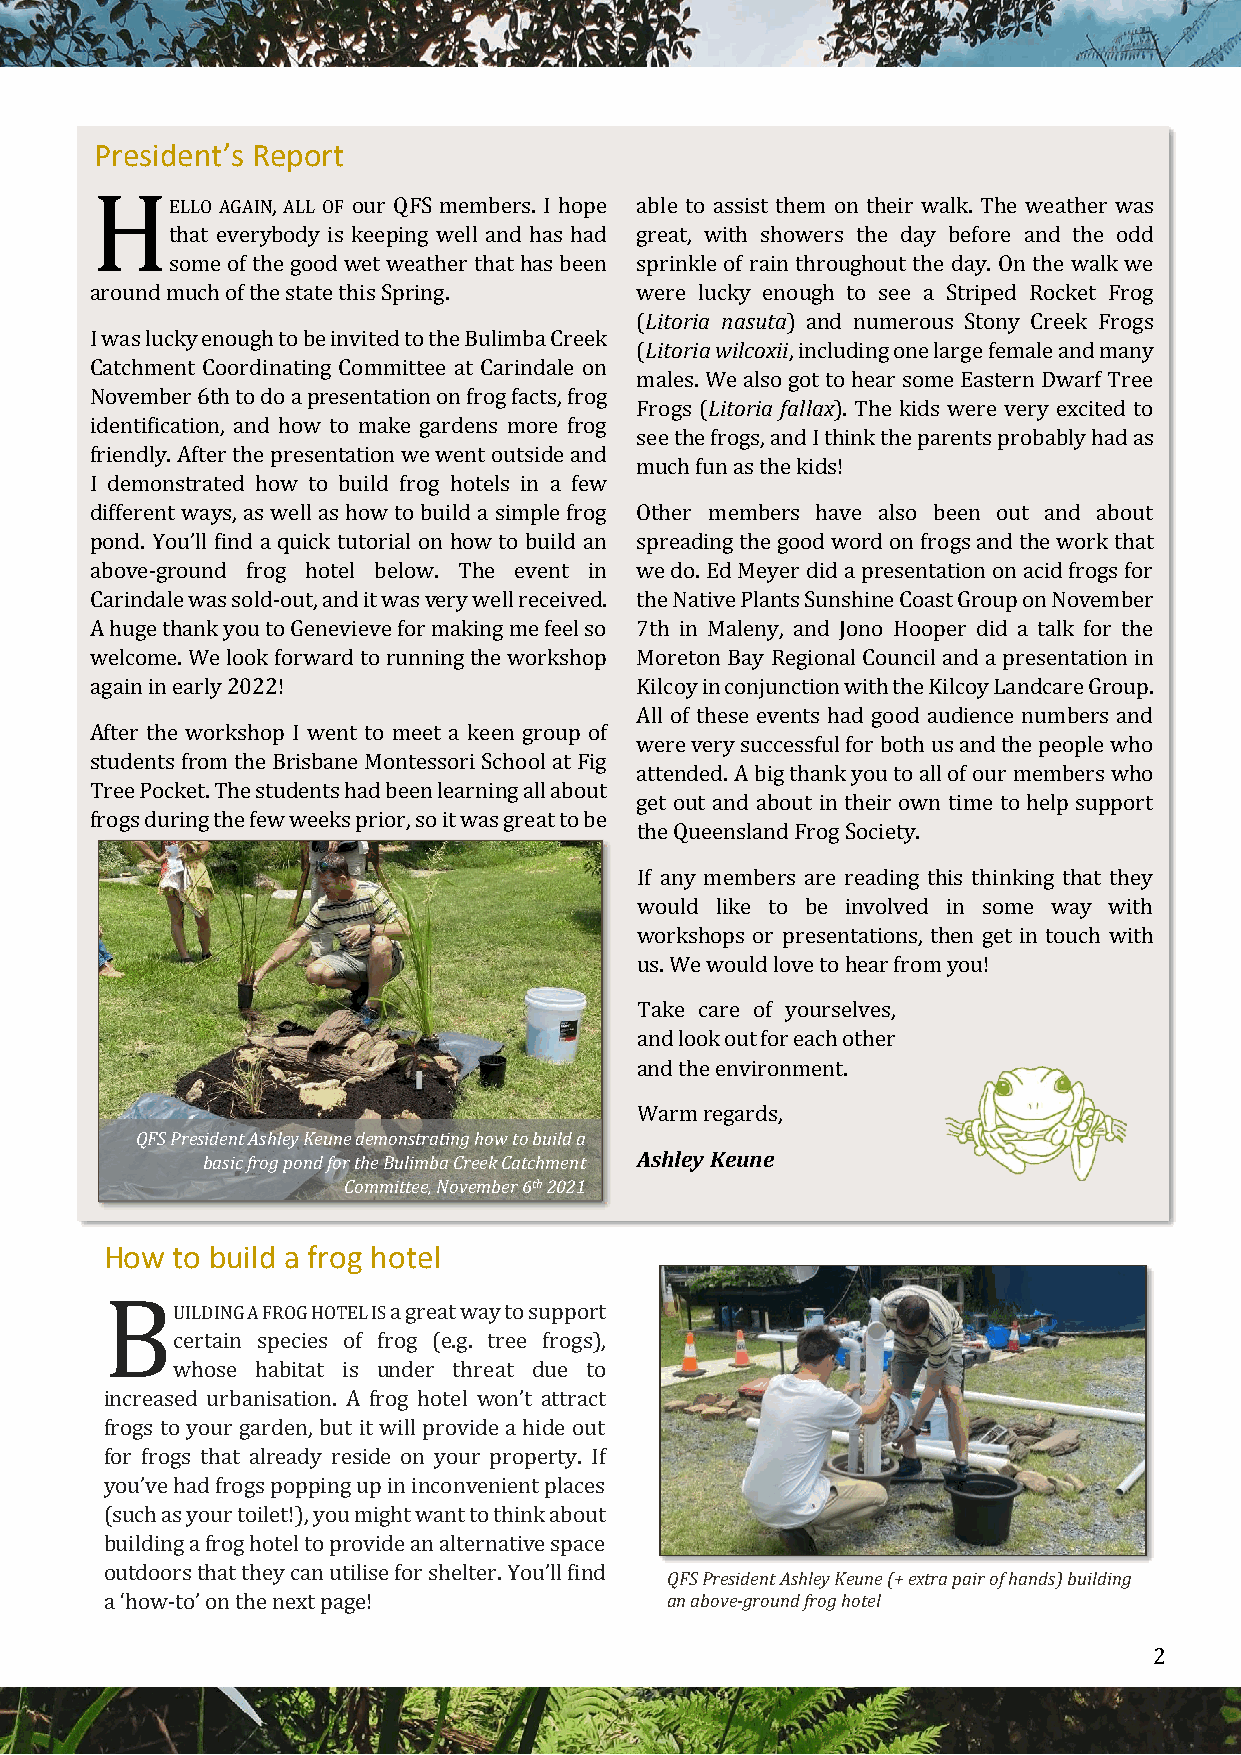
President’s Report
 H
 ELLO AGAIN, ALL OF our QFS members. I hope able to assist them on their walk. The weather was
 that everybody is keeping well and has had great, with showers the day before and the odd
 some of the good wet weather that has been sprinkle of rain throughout the day. On the walk we
 around much of the state this Spring. were lucky enough to see a Striped Rocket Frog
 (Litoria nasuta) and numerous Stony Creek Frogs
 I was lucky enough to be invited to the Bulimba Creek
 (Litoria wilcoxii, including one large female and many
 Catchment Coordinating Committee at Carindale on
 males. We also got to hear some Eastern Dwarf Tree
 November 6th to do a presentation on frog facts, frog
 Frogs (Litoria fallax). The kids were very excited to
 identification, and how to make gardens more frog
 see the frogs, and I think the parents probably had as
 friendly. After the presentation we went outside and
 much fun as the kids!
 I demonstrated how to build frog hotels in a few
 different ways, as well as how to build a simple frog Other members have also been out and about
 pond. You’ll find a quick tutorial on how to build an spreading the good word on frogs and the work that
 above-ground frog hotel below. The event in we do. Ed Meyer did a presentation on acid frogs for
 Carindale was sold-out, and it was very well received. the Native Plants Sunshine Coast Group on November
 A huge thank you to Genevieve for making me feel so 7th in Maleny, and Jono Hooper did a talk for the
 welcome. We look forward to running the workshop Moreton Bay Regional Council and a presentation in
 again in early 2022!                Kilcoy in conjunction with the Kilcoy Landcare Group.
 All of these events had good audience numbers and
 After the workshop I went to meet a keen group of
 were very successful for both us and the people who
 students from the Brisbane Montessori School at Fig
 attended. A big thank you to all of our members who
 Tree Pocket. The students had been learning all about
 get out and about in their own time to help support
 frogs during the few weeks prior, so it was great to be
 the Queensland Frog Society.
 If any members are reading this thinking that they
 would like to be involved in some way with
 workshops or presentations, then get in touch with
 us. We would love to hear from you!
 Take care of yourselves,
 and look out for each other
 and the environment.
 Warm regards,
 QFS President Ashley Keune demonstrating how to build a
 basic frog pond for the Bulimba Creek Catchment Ashley Keune
 Committee, November 6th 2021
 How to build a frog hotel
 B
 UILDING A FROG HOTEL IS a great way to support
 certain species of frog (e.g. tree frogs),
 whose habitat is under threat due to
 increased urbanisation. A frog hotel won’t attract
 frogs to your garden, but it will provide a hide out
 for frogs that already reside on your property. If
 you’ve had frogs popping up in inconvenient places
 (such as your toilet!), you might want to think about
 building a frog hotel to provide an alternative space
 outdoors that they can utilise for shelter. You’ll find
 QFS President Ashley Keune (+ extra pair of hands) building
 a ‘how-to’ on the next page!         an above-ground frog hotel
 2